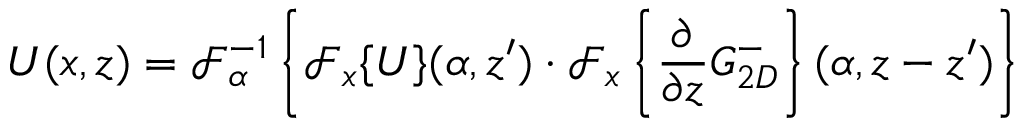
U ( x , z ) = \mathcal { F } _ { \alpha } ^ { - 1 } \left\{ \mathcal { F } _ { x } \{ U \} ( \alpha , z ^ { \prime } ) \cdot \mathcal { F } _ { x } \left\{ \frac { \partial } { \partial z } G _ { 2 D } ^ { - } \right\} ( \alpha , z - z ^ { \prime } ) \right\}